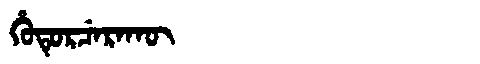
Manchu: ᡥᡠᡨᡠᡵᠴᡝᡵᠠᡴᡡ
Romanization: HUTURCERAKŪ